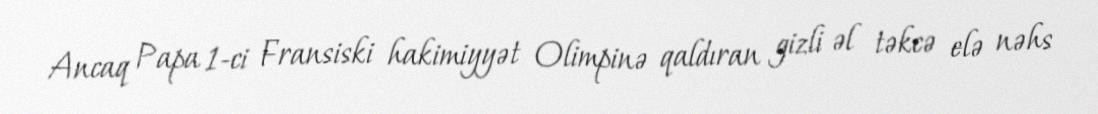
Ancaq Papa 1-ci Fransiski hakimiyyət Olimpinə qaldıran gizli əl təkcə elə nəhs